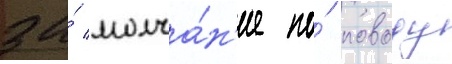
за́ молча́н'ие по́ поводу